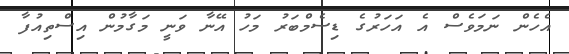
އެހެން ނަމަވެސް އެ އަހަރުގެ ޑިސެމްބަރު މަހު އޭނާ ވަނީ މަގާމުން އިސްތިއުފާ